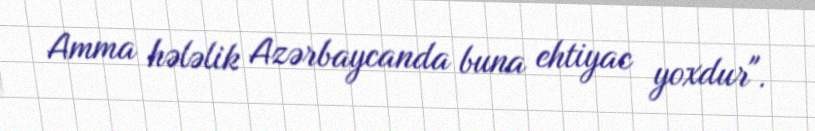
Amma hələlik Azərbaycanda buna ehtiyac yoxdur".